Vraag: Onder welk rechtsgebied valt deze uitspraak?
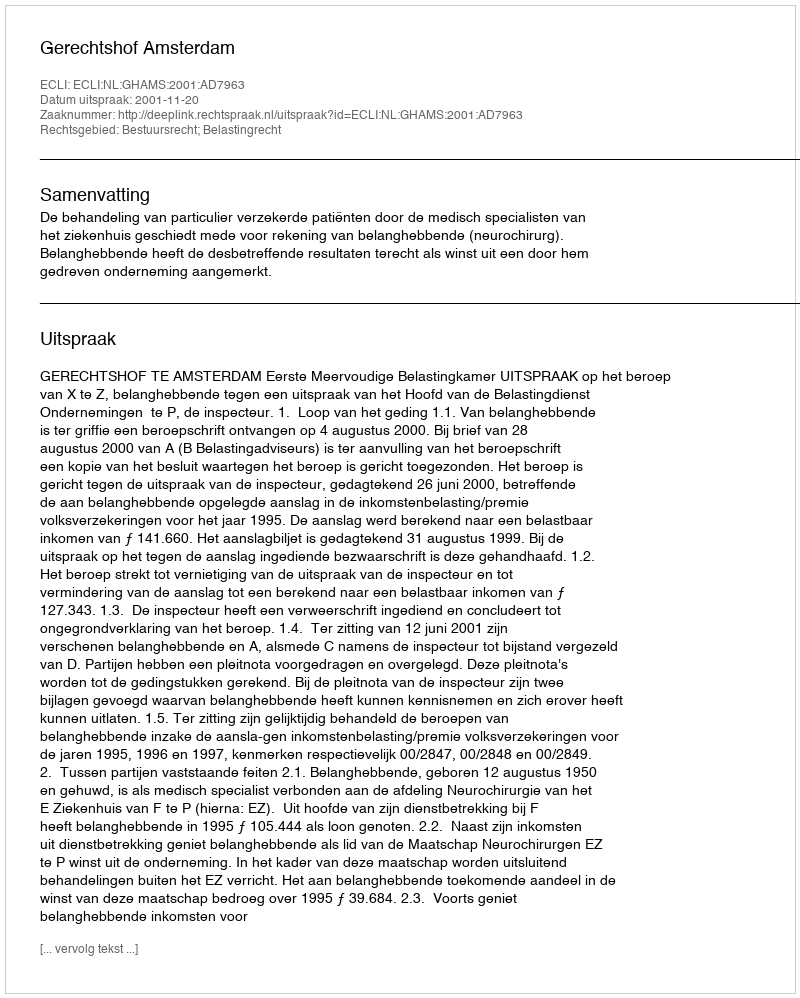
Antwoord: Bestuursrecht; Belastingrecht